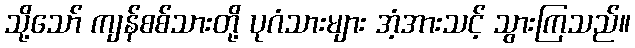
သို့သော် ကျန်စစ်သားတို့ ပုဂံသားများ အံ့အားသင့် သွားကြသည်။